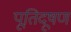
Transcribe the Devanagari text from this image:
पूतिदूषण